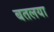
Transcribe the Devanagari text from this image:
बतलया